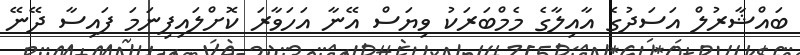
ބައްޝާރުލް އަސަދުގެ އާއިލާގެ މެމްބަރަކު ވިޔަސް އޭނާ އަހަވާރަ ކޮށްލައިފިނަމަ ފައިސާ ދޭނޭ